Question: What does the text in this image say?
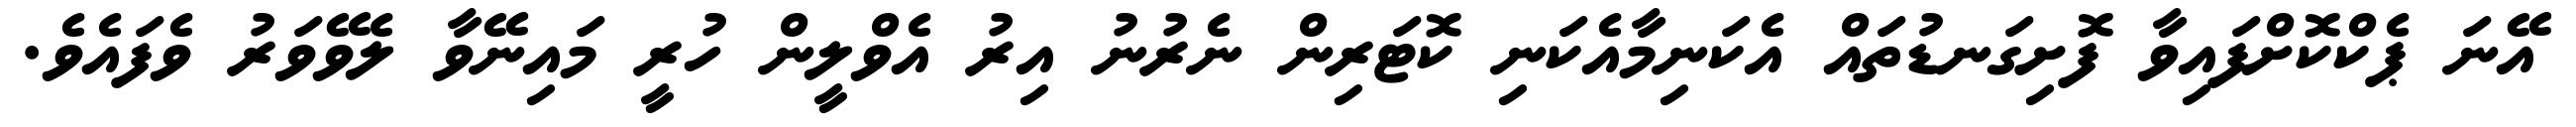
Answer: އޭނަ ޕެކްކޮށްފައިވާ ފޮށިގަނޑުތައް އެކަނިމާއެކަނި ކޮޓަރިން ނެރުނު އިރު އެވްލީން ހުރީ މައިނޭވާ ލެވޭވަރު ވެފައެވެ.